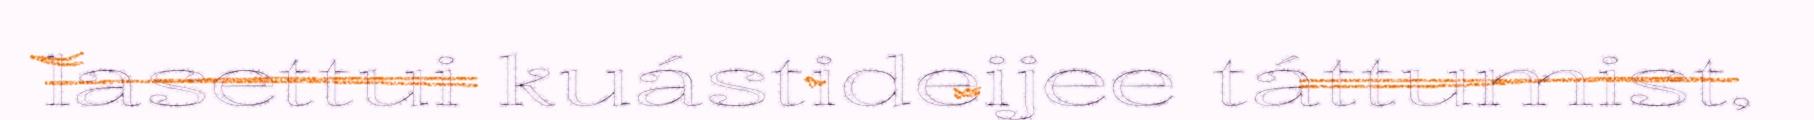
lasettui kuástideijee táttumist,